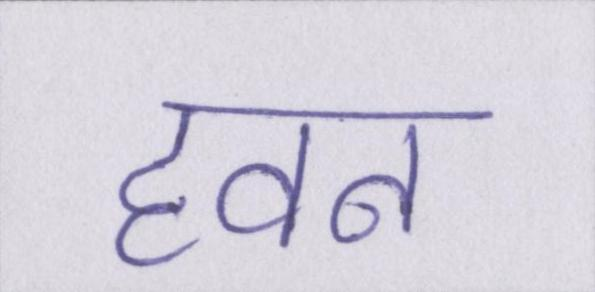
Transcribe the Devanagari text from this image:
हवन